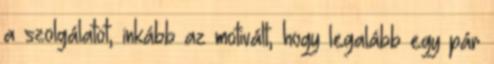
a szolgálatot, inkább az motivált, hogy legalább egy pár